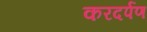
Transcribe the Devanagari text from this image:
करदर्पण